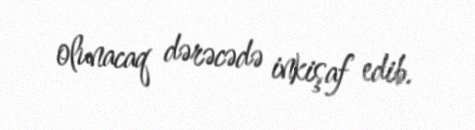
olunacaq dərəcədə inkişaf edib.